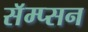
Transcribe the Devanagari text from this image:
सॅम्प्सन